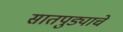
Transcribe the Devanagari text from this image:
सातपुड्याचे